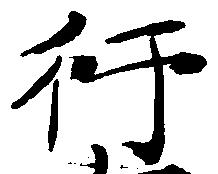
行